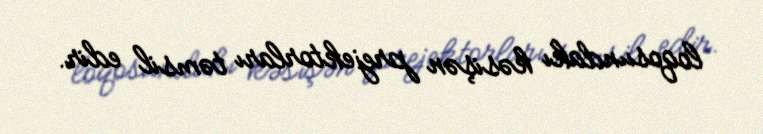
loqosundakı kəsişən prejektorları təmsil edir.